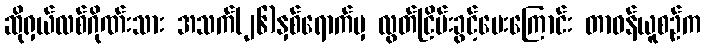
ဆိုရှယ်လစ်ဂိုဏ်းသား အသက်(၂၆)နှစ်ရောက်မှ လွတ်ငြိမ်းခွင့်ပေးကြောင်း တာဝန်ယူစဉ်က